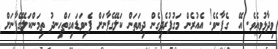
ވިދާޅުވިއެވެ. އޭ  ގެފާނެވެ! އެއުރެން މަގުފުރެދިގެން ދިޔަތަން ކަލޭގެފާނަށް ފެނިވަޑައިގަތްހިނދު ތިމަންކަލޭގެފާނަށް